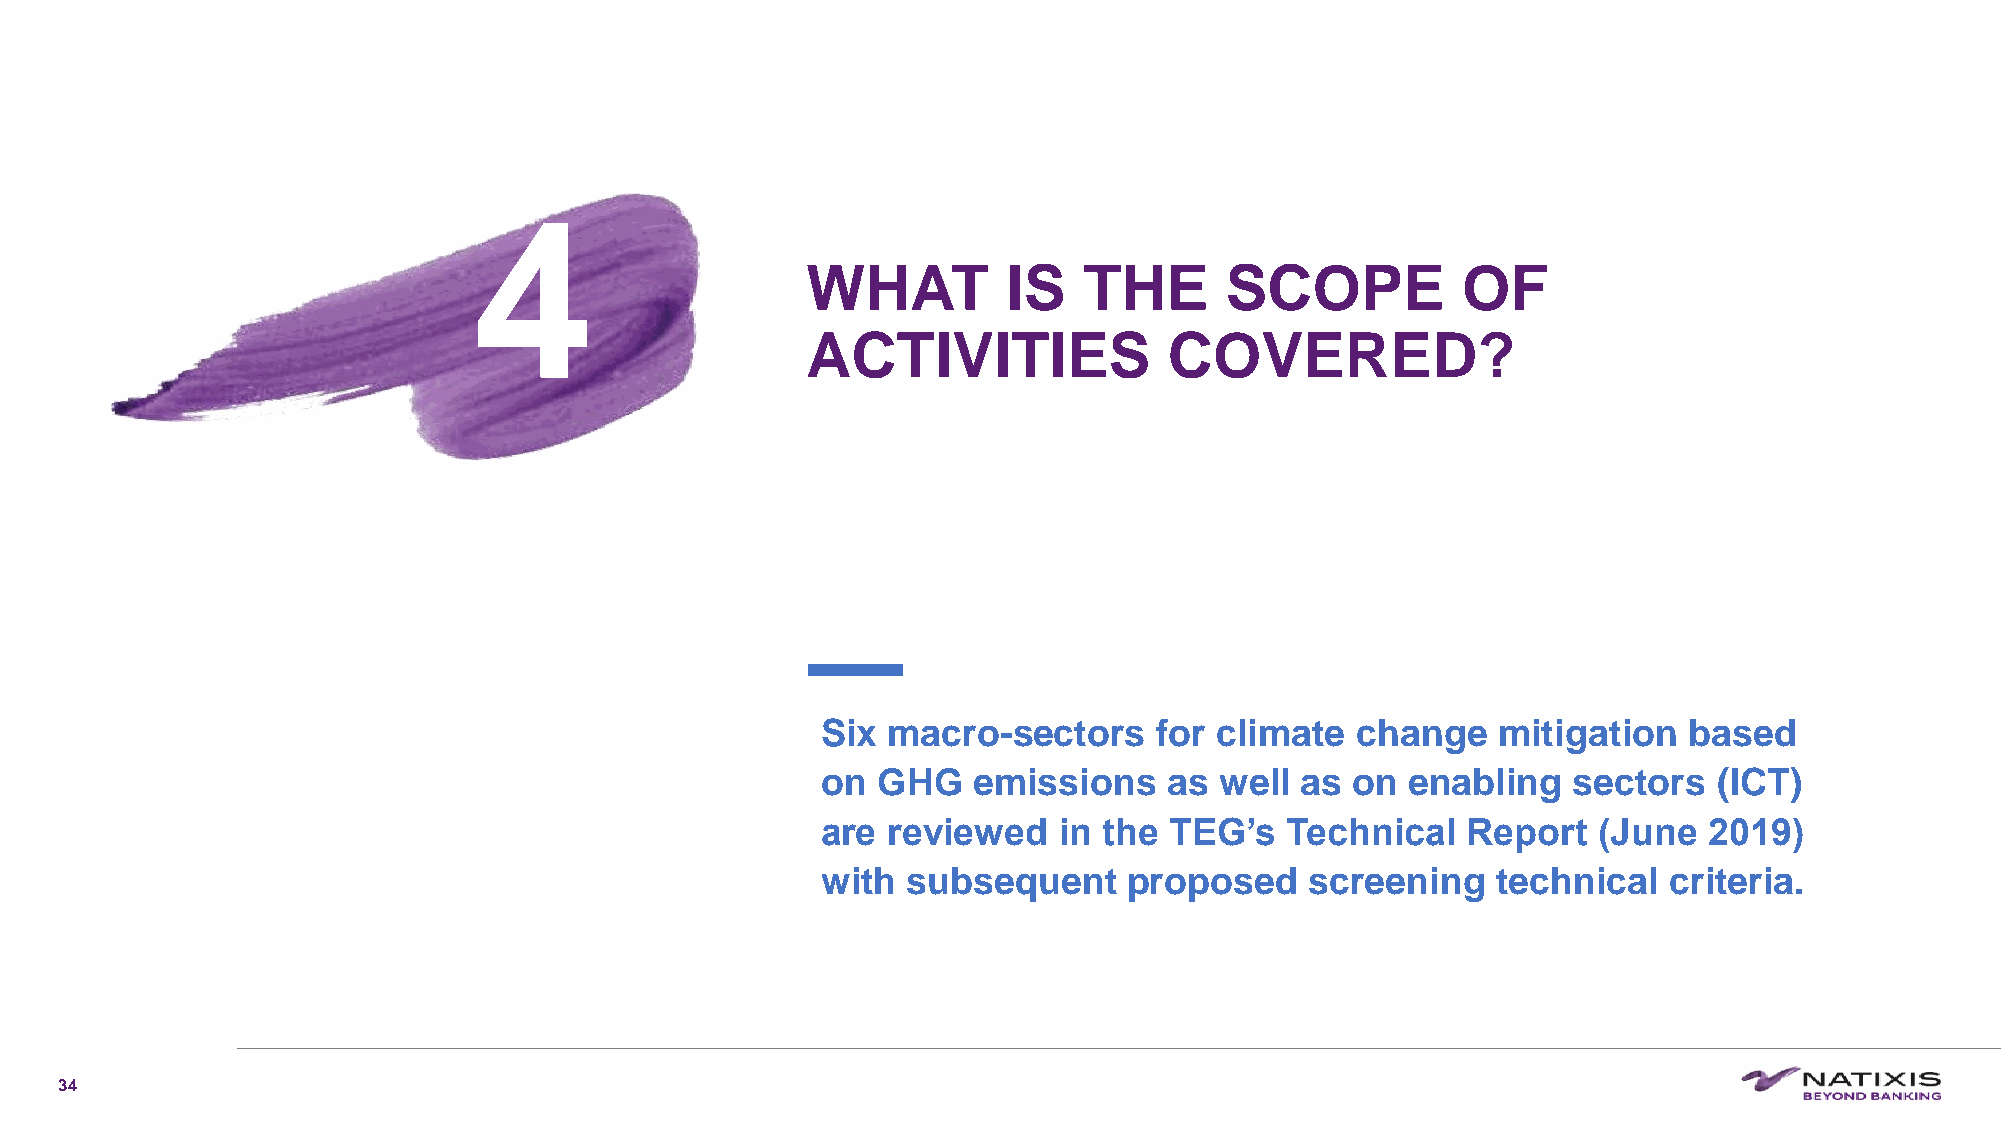
4
 WHAT          IS   THE      SCOPE           OF
 ACTIVITIES              COVERED?
 Six  macro-sectors     for climate  change   mitigation   based
 on  GHG   emissions    as  well as  on enabling   sectors   (ICT)
 are  reviewed   in the TEG’s   Technical   Report   (June  2019)
 with  subsequent     proposed    screening   technical  criteria.
 34
 C1-PublicNat